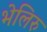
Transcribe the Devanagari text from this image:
भेलिरु